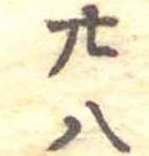
廿八